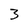
Character: 3